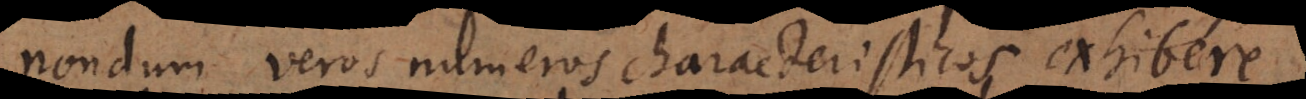
nondum veros numeros characteristicos exhibere